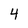
Character: 4